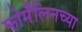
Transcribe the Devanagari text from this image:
फोर्मॅलिनच्या